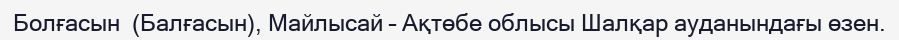
Болғасын  (Балғасын), Майлысай – Ақтөбе облысы Шалқар ауданындағы өзен.